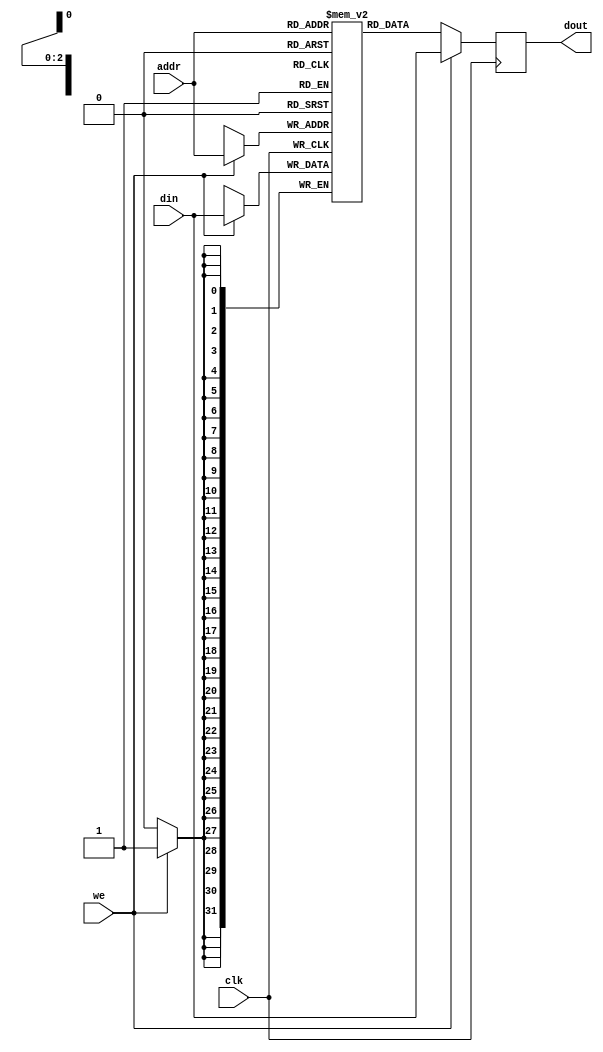
`timescale 1ns/100ps
module Single_Port_BRAM #(
    parameter ADDR_WIDTH=3,
              DATA_WIDTH=32,
              NO_WORD=0,
              MEM_TYPE="RF"
)(
    input clk,
    input we,
    input [ADDR_WIDTH-1:0] addr,
    input [DATA_WIDTH-1:0] din,
    output reg [DATA_WIDTH-1:0] dout
);
    (* ram_style="block" *) reg [DATA_WIDTH-1:0] mem [2**ADDR_WIDTH-1:0];
    //
    integer i;
    initial begin
       if(MEM_TYPE=="RF")begin
            for(i=0;i<2**ADDR_WIDTH;i=i+1)begin
                mem[i]=i;
            end
        end 
        // else if (MEM_TYPE=="DC") begin
        //     case(NO_WORD)
        //         0:$readmemh("MEM_init_word0.mem", mem);
        //         1:$readmemh("MEM_init_word1.mem", mem);
        //         2:$readmemh("MEM_init_word2.mem", mem);
        //         3:$readmemh("MEM_init_word3.mem", mem);
        //         4:$readmemh("MEM_init_word4.mem", mem);
        //         5:$readmemh("MEM_init_word5.mem", mem);
        //         6:$readmemh("MEM_init_word6.mem", mem);
        //         7:$readmemh("MEM_init_word7.mem", mem);
        //     endcase
        // end 
    end
    ////////
    //output registered bram single port
    always @(posedge clk) begin
        dout<=mem[addr];
        if(we)begin
            mem[addr]<=din;
            dout<=din;
        end
    end
endmodule